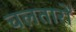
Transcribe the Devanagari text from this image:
चलतारों